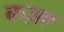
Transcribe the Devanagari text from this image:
कज़ए